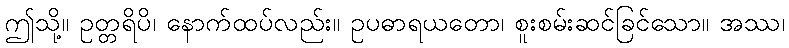
ဤသို့။ ဥတ္တရိပိ၊ နောက်ထပ်လည်း။ ဥပဓာရယတော၊ စူးစမ်းဆင်ခြင်သော။ အဿ၊